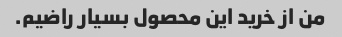
من از خرید این محصول بسیار راضیم.